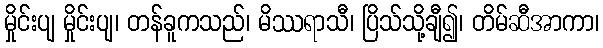
မှိုင်းပျ မှိုင်းပျ၊ တန်ခူကသည်၊ မိဿရာသီ၊ ပြိသ်သို့ချီ၍၊ တိမ်ဆီအာကာ၊